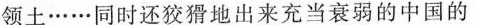
领土……同时还狡猾地出来充当衰弱的中国的